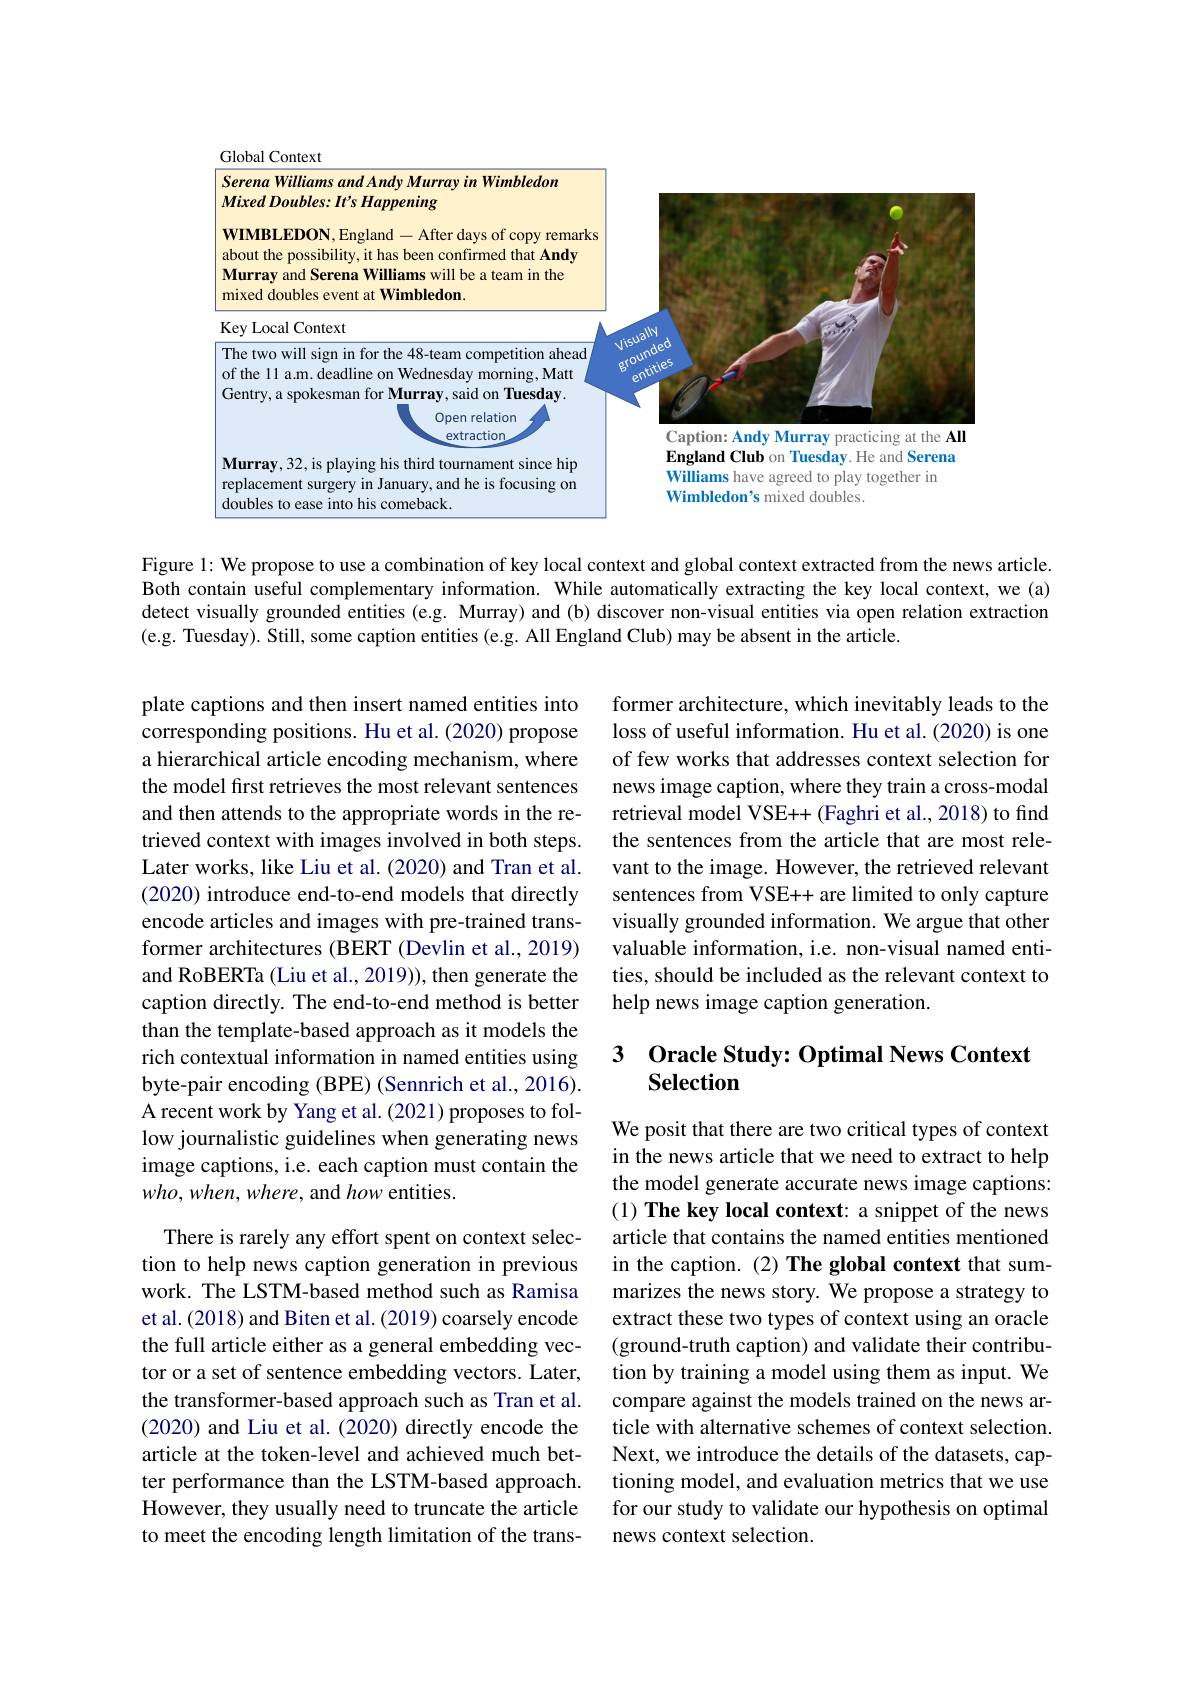
<FigureHere>

Figure 1: We propose to use a combination of key local context and global context extracted from the news article. Both contain useful complementary information. While automatically extracting the key local context, we (a) detect visually grounded entities (e.g. Murray) and (b) discover non-visual entities via open relation extraction (e.g. Tuesday). Still, some caption entities (e.g. All England Club) may be absent in the article.

former architecture, which inevitably leads to the loss of useful information. Hu et al. (2020) is one of few works that addresses context selection for news image caption, where they train a cross-modal retrieval model VSE++ (Faghri et al., 2018) to find the sentences from the article that are most relevant to the image. However, the retrieved relevant sentences from VSE++ are limited to only capture visually grounded information. We argue that other valuable information, i.e. non-visual named entities, should be included as the relevant context to help news image caption generation.

plate captions and then insert named entities into corresponding positions. Hu et al. (2020) propose a hierarchical article encoding mechanism, where the model first retrieves the most relevant sentences and then attends to the appropriate words in the retrieved context with images involved in both steps. Later works, like Liu et al. (2020) and Tran et al. (2020) introduce end-to-end models that directly encode articles and images with pre-trained transformer architectures (BERT (Devlin et al., 2019) and RoBERTa (Liu et al., 2019)), then generate the caption directly. The end-to-end method is better than the template-based approach as it models the rich contextual information in named entities using byte-pair encoding (BPE) (Sennrich et al., 2016). A recent work by Yang et al. (2021) proposes to follow journalistic guidelines when generating news image captions, i.e. each caption must contain the $who,when,where$, and how entities.

## 3 Oracle Study: Optimal News Context Selection

We posit that there are two critical types of context in the news article that we need to extract to help the model generate accurate news image captions: (1) The key local context: a snippet of the news article that contains the named entities mentioned in the caption. (2) The global context that summarizes the news story. We propose a strategy to extract these two types of context using an oracle (ground-truth caption) and validate their contribution by training a model using them as input. We compare against the models trained on the news article with alternative schemes of context selection. Next, we introduce the details of the datasets, captioning model, and evaluation metrics that we use for our study to validate our hypothesis on optimal news context selection.

There is rarely any effort spent on context selection to help news caption generation in previous work. The LSTM-based method such as Ramisa et al. (2018) and Biten et al. (2019) coarsely encode the full article either as a general embedding vector or a set of sentence embedding vectors. Later, the transformer-based approach such as Tran et al. (2020) and Liu et al. (2020) directly encode the article at the token-level and achieved much better performance than the LSTM-based approach. However, they usually need to truncate the article to meet the encoding length limitation of the trans-